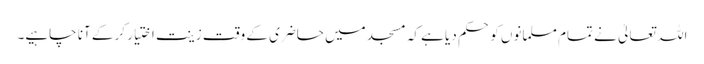
اللہ تعالیٰ نے تمام مسلمانوں کو حکم دیا ہے کہ مسجد میں حاضری کے وقت زینت اختیار کر کے آنا چاہیے۔